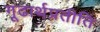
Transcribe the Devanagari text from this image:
गूढार्थप्रतीति